Lunatic asylums Punjab 1911-1921 - 1911-1921
Year: 1911
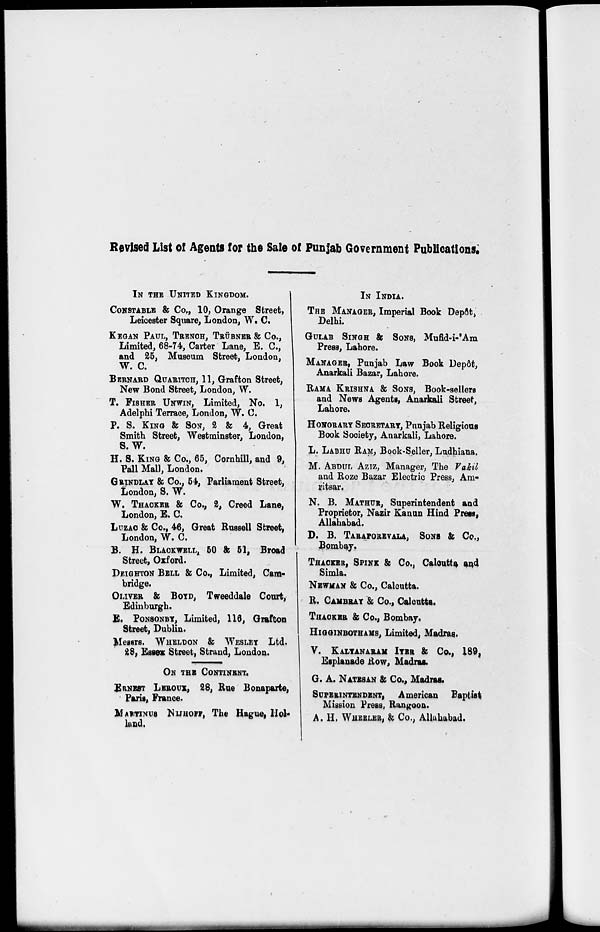
Revised List of Agents for the Sale of Punjab Government Publications.
IN THE UNITED KINGDOM.
CONSTABLE & Co., 10, Orange Street,
Leicester Square, London, W. C.
KEGAN PAUL, TRENCH, TRÜBNER & Co.,
Limited, 68-74, Carter Lane, E. C.,
and 25, Museum Street, London,
W. C.
BERNARD QUARITCH, 11, Grafton Street,
New Bond Street, London, W.
T. FISHER UNWIN, Limited, No. 1,
Adelphi Terrace, London, W. C.
P. S. KING & SON, 2 & 4, Great
Smith Street, Westminster, London,
S.W.
H. S. KING & Co., 65, Cornhill, and 9,
Pall Mall, London.
GRINDLAY & Co., 54, Parliament Street,
London, S. W.
W. THACKER & Co., 2, Creed Lane,
London, E. C.
LUZAC & Co., 46, Great Russell Street,
London, W. C.
B. H. BLACKWELL, 50 & 51, Broad
Street, Oxford.
DEIGHTON BELL & Co., Limited, Cam-
bridge.
OLIVER & BOYD , Tweeddale Court,
Edinburgh.
E. PONSONBY, Limited, 116, Grafton
Street, Dublin.
Messrs. WHELDON & WESLEY Ltd.
28, Essex Street, Strand, London.
ON THE CONTINENT.
ERNEST LEROUX, 28, Rue Bonaparte,
Paris, France.
MARTINUS NIJHOFF, The Hague, Hol-
land.
IN INDIA.
THE MANAGER, Imperial Book Depôt,
Delhi.
GULAB SINGH & SONS, Mufid-i-'Am
Press, Lahore.
MANAGER, Punjab Law Book Depôt,
Anarkali Bazar, Lahore.
RAMA KRISHNA & SONS, Book-sellers
and News Agents, Anarkali Street,
Lahore.
HONORARY SECRETARY, Punjab Religious
Book Society, Anarkali, Lahore.
L. LABHU RAM, Book-Seller, Ludhiana,
M. ABDUL AZIZ, Manager, The Vakil
and Roze Bazar Electric Press, Am-
ritsar,
N. B. MATHUR, Superintendent and
Proprietor, Nazir Kanun Hind Press,
Allahabad.
D. B. TARAPOREVALA SONS & Co.,
Bombay.
THACKER, SPINK & Co., Calcutta and
Simla.
NEWMAN & Co., Calcutta.
R. CAMBRAY & Co., Calcutta.
THACKER & Co., Bombay.
HIGGINBOTHAMS, Limited, Madras.
V. KALYANARAM IYER & Co., 189,
Esplanade Row, Madras.
G. A. NATESAN & Co., Madras.
SUPERINTENDENT, American Baptist
Mission Press, Rangoon.
A. H. WHEELER, & Co., Allahabad.